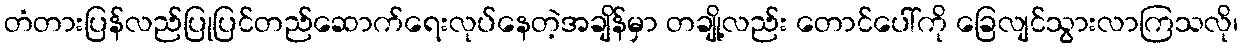
တံတားပြန်လည်ပြုပြင်တည်ဆောက်ရေးလုပ်နေတဲ့အချိန်မှာ တချို့လည်း တောင်ပေါ်ကို ခြေလျင်သွားလာကြသလို၊